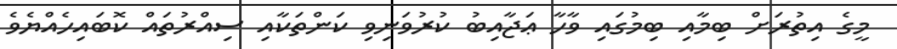
މީގެ އިތުރަށް ބިމާއި ބިމުގައި ވާހާ ޢަޖާއިބު ކުރުވަނިވި ކަންތަކާއި ސިއްރުތައް ކޮބައިހެއްޔެވެ